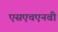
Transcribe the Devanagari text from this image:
एसएचएनवी